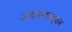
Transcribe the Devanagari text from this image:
अगस्त्यारकूडम